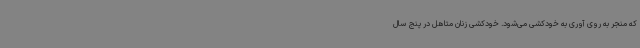
که منجر به روی آوری به خودکشی می‌شود. خودکشی زنان متاهل در پنج سال